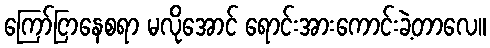
ကြော်ငြာနေစရာ မလိုအောင် ရောင်းအားကောင်းခဲ့တာလေ။